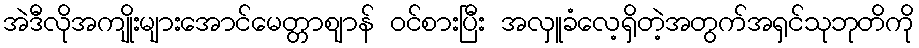
အဲဒီလိုအကျိုးများအောင်မေတ္တာဈာန် ဝင်စားပြီး အလှူခံလေ့ရှိတဲ့အတွက်အရှင်သုဘုတိကို